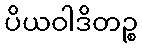
ပိယဝါဒိတဉ္စ